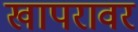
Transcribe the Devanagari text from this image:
खापरावर